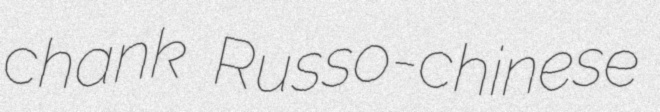
chank Russo-chinese